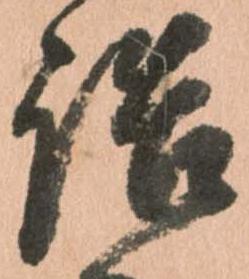
詰